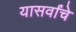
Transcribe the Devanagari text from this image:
यासर्वांचे